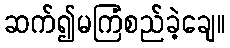
ဆက်၍မကြံစည်ခဲ့ချေ။